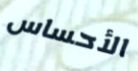
الأحساس